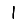
Digit: 1